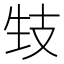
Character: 𤯙